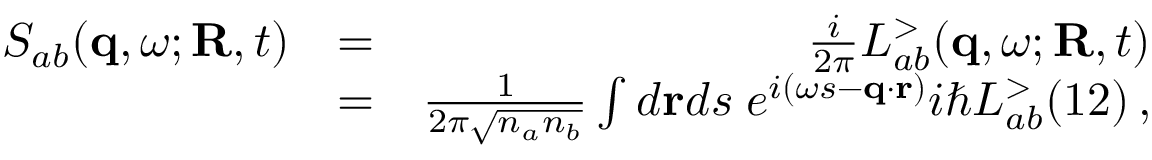
\begin{array} { r l r } { S _ { a b } ( { \bf q } , \omega ; { \bf R } , t ) } & { = } & { \frac { i } { 2 \pi } L _ { a b } ^ { > } ( { \bf q } , \omega ; { \bf R } , t ) } \\ & { = } & { \frac { 1 } { 2 \pi \sqrt { n _ { a } n _ { b } } } \int d { \bf r } d s \; e ^ { i ( \omega s - { \bf q } \cdot { \bf r } ) } i \hbar L _ { a b } ^ { > } ( 1 2 ) \, , } \end{array}